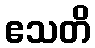
ဧသတိ